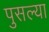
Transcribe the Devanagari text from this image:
पुसल्या